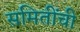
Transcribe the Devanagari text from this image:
समितींची